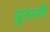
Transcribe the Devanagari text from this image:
य़ूनानी